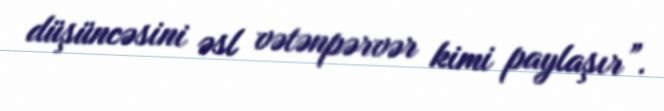
düşüncəsini əsl vətənpərvər kimi paylaşır”.